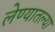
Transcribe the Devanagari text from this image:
लेण्यातल्या